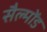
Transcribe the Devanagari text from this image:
सैल्मोंड